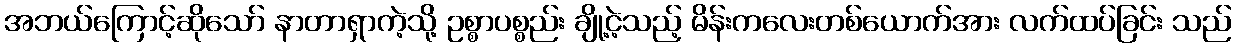
အဘယ်ကြောင့်ဆိုသော် နာတာရှာကဲ့သို့ ဥစ္စာပစ္စည်း ချို့ငဲ့သည့် မိန်းကလေးတစ်ယောက်အား လက်ထပ်ခြင်း သည်